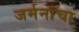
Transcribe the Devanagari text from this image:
जर्मनांचा